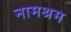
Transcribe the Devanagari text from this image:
नामश्रम